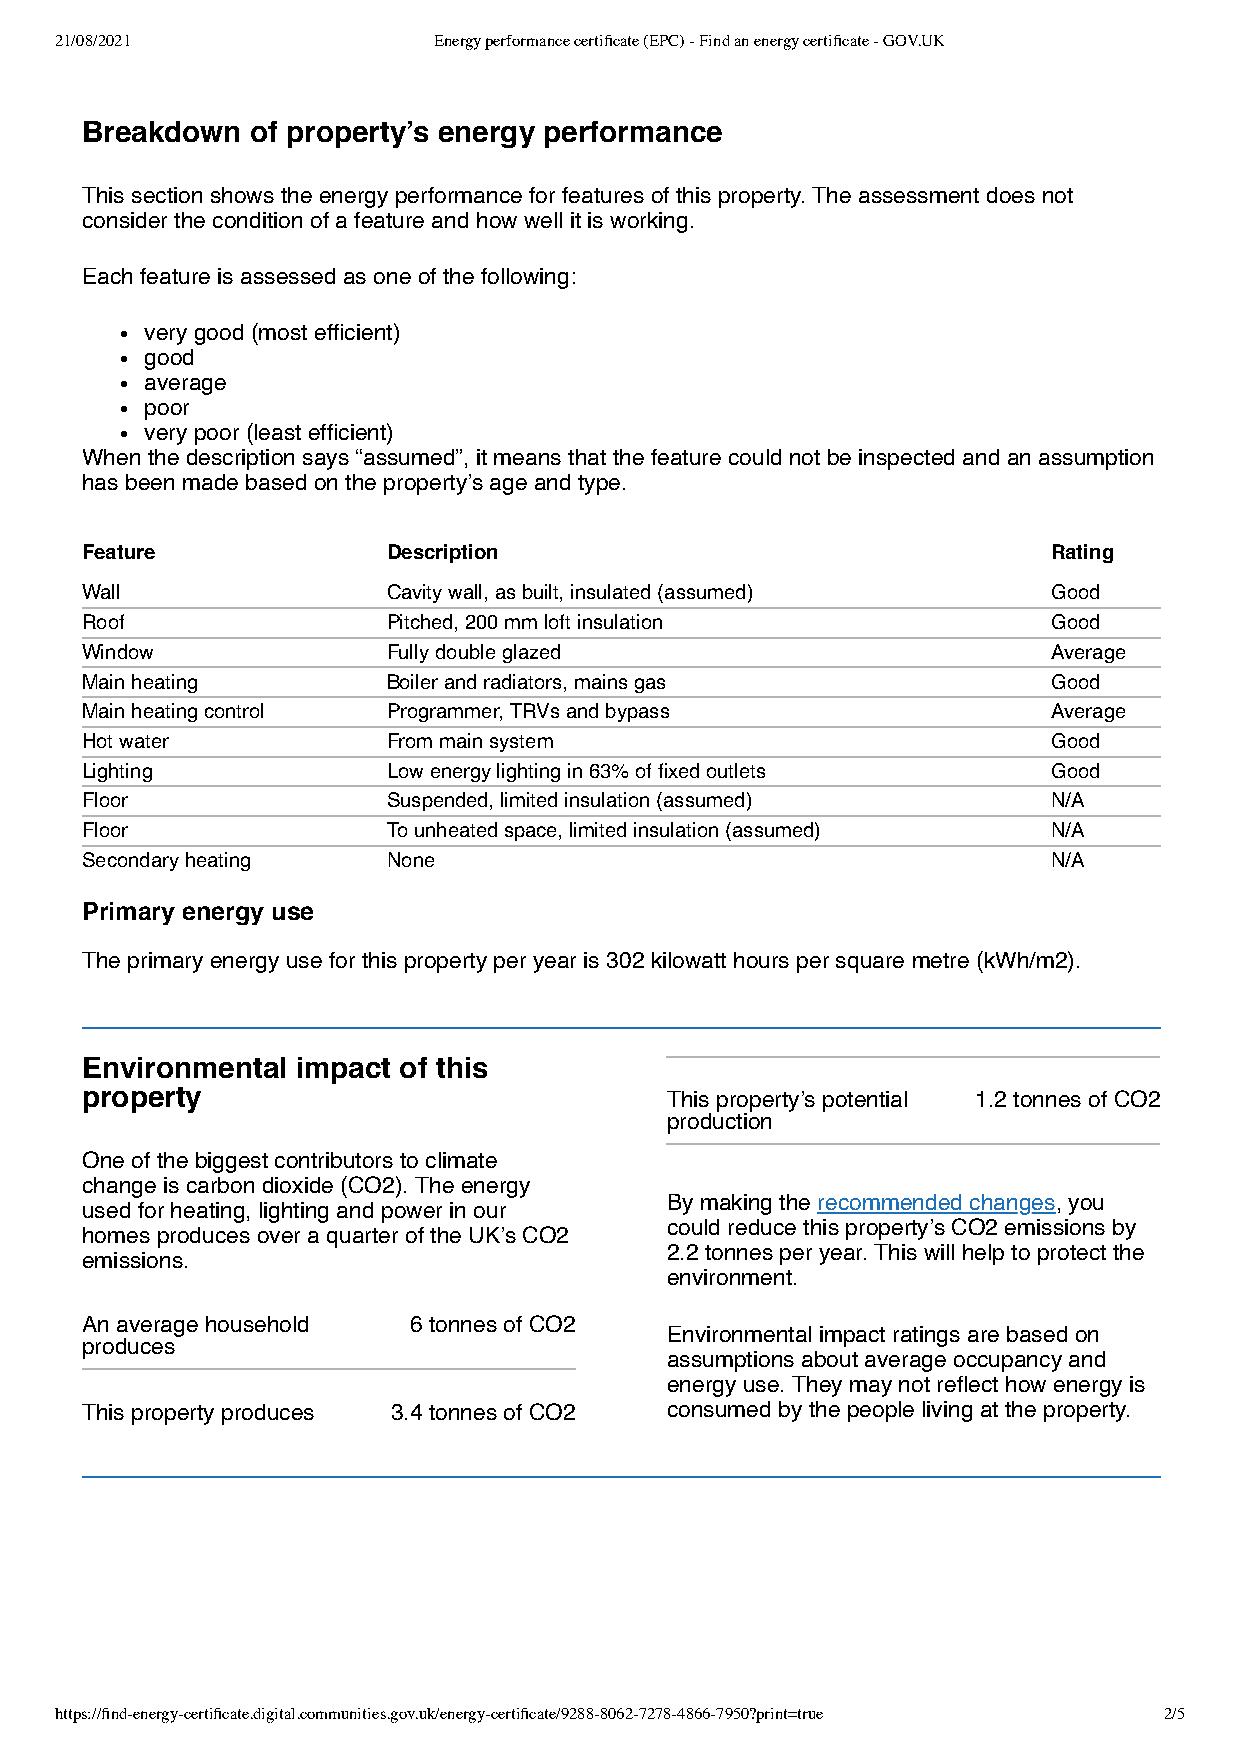
21/08/2021               Energy performance certificate (EPC) - Find an energy certificate - GOV.UK
 Breakdown   of property’s energy performance
 This section shows the energy performance for features of this property. The assessment does not
 consider the condition of a feature and how well it is working.
 Each feature is assessed as one of the following:
 very good (most efficient)
 good
 average
 poor
 very poor (least efficient)
 When the description says “assumed”, it means that the feature could not be inspected and an assumption
 has been made based on the property’s age and type.
 Feature              Description                                 Rating
 Wall                 Cavity wall, as built, insulated (assumed)  Good
 Roof                 Pitched, 200 mm loft insulation             Good
 Window               Fully double glazed                         Average
 Main heating         Boiler and radiators, mains gas             Good
 Main heating control Programmer, TRVs and bypass                 Average
 Hot water            From main system                            Good
 Lighting             Low energy lighting in 63% of fixed outlets Good
 Floor                Suspended, limited insulation (assumed)     N/A
 Floor                To unheated space, limited insulation (assumed) N/A
 Secondary heating    None                                        N/A
 Primary energy use
 The primary energy use for this property per year is 302 kilowatt hours per square metre (kWh/m2).
 Environmental  impact of this
 property                               This property’s potential 1.2 tonnes of CO2
 production
 One of the biggest contributors to climate
 change is carbon dioxide (CO2). The energy
 By making the recommended changes, you
 used for heating, lighting and power in our
 could reduce this property’s CO2 emissions by
 homes produces over a quarter of the UK’s CO2
 2.2 tonnes per year. This will help to protect the
 emissions.
 environment.
 An average household  6 tonnes of CO2
 Environmental impact ratings are based on
 produces
 assumptions about average occupancy and
 energy use. They may not reflect how energy is
 This property produces 3.4 tonnes of CO2 consumed by the people living at the property.
 https://find-energy-certificate.digital.communities.gov.uk/energy-certificate/9288-8062-7278-4866-7950?print=true 2/5